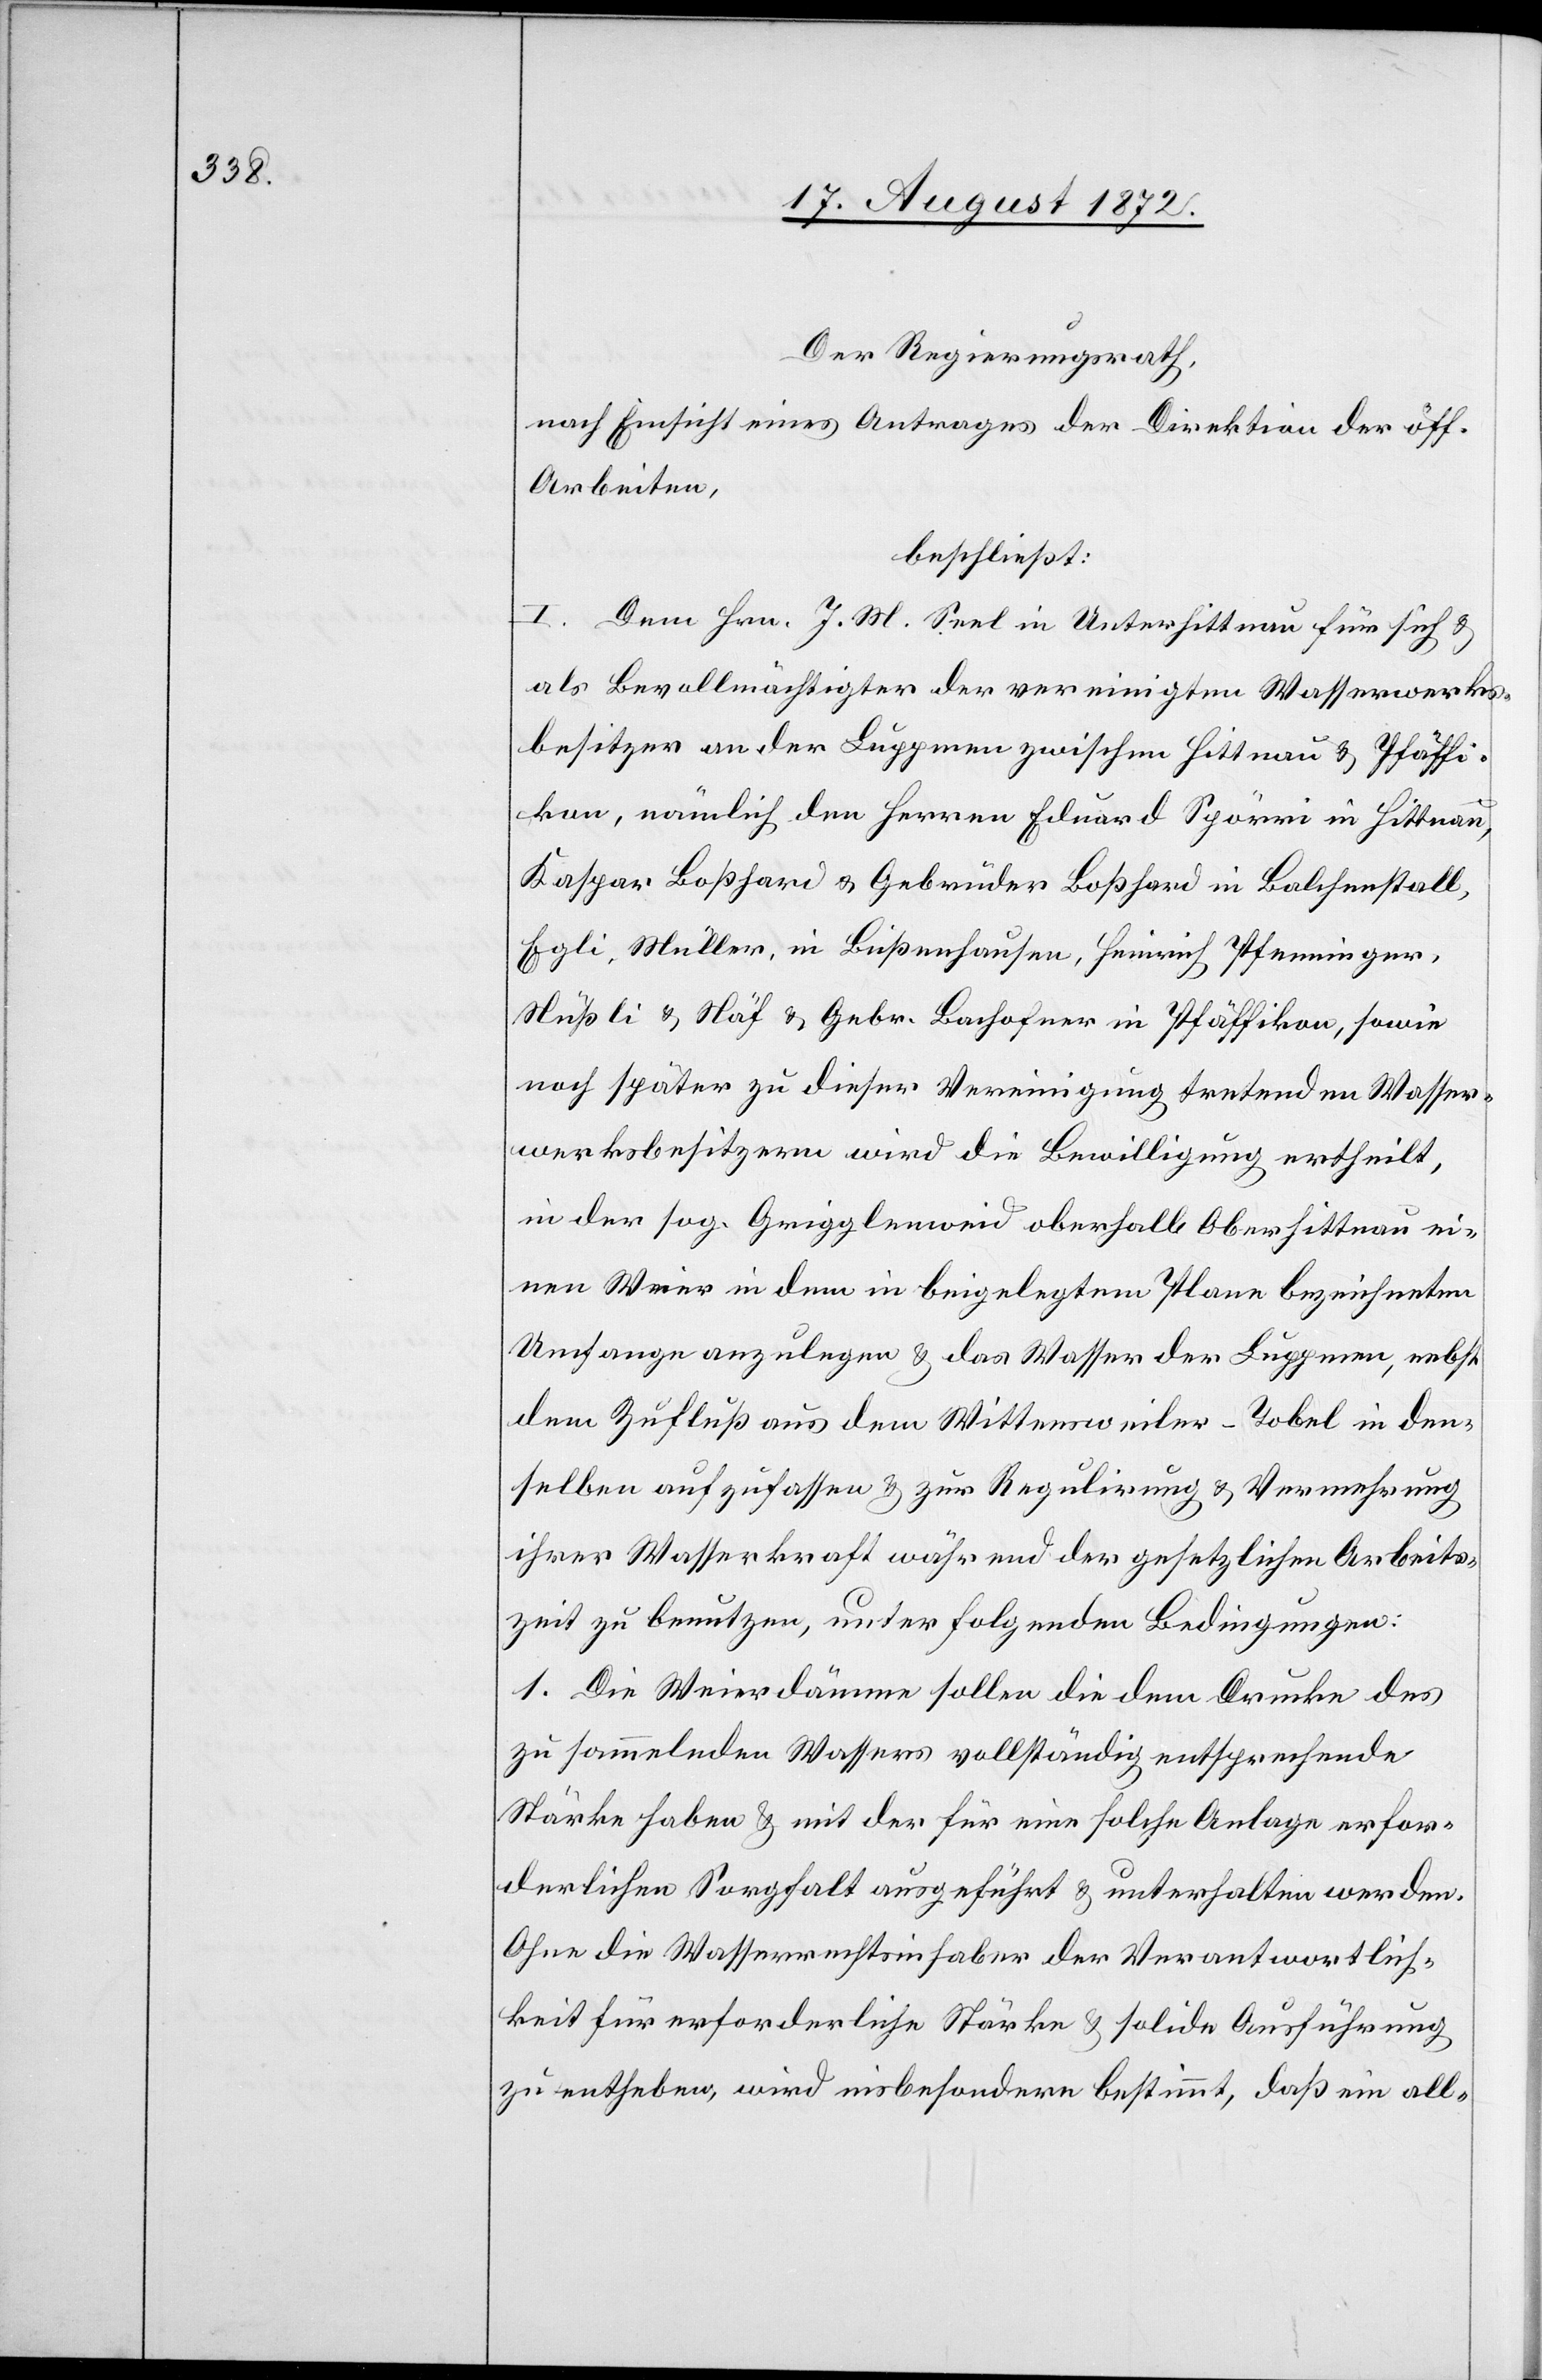
Der Regierungsrath,
nach Einsicht eines Antrages der Direktion der öff.
Arbeiten,
beschließt:
I. Dem Hrn. J. M. Seel in Unterhittnau für sich u.
als Bevollmächtigter der vereinigten Wasserwerks¬
besitzer an der Luppmen zwischen Hittnau u. Pfäffi¬
kon, nämlich dem Herren Eduard Spörri in Hittnau,
Kaspar Boßhard u. Gebrüder Boßhard in Balchenstall,
Egli, Müller, in Bußenhausen, Heinrich Pfenninger,
Nüßli u. Näf u. Gebr. Bachofner in Pfäffikon, sowie
noch später zu dieser Vereinigung tretenden Wasser¬
werksbesitzern wird die Bewilligung ertheilt,
in der sog. Grigglenweid oberhalb Oberhittnau ei¬
nen Weier in dem in beigelegtem Plane bezeichneten
Umfange anzulegen u. das Wasser der Luppmen, nebst
dem Zufluß aus dem Wittensweiler-Tobel in den¬
selben aufzufassen u. zur Regulirung u. Vermehrung
ihrer Wasserkraft während der gesetzlichen Arbeits¬
zeit zu benutzen, unter folgenden Bedingungen:
1. Die Weierdämme sollen die dem Drucke des
zu sammelnden Wassers vollständig entsprechende
Stärke haben u. mit der für eine solche Anlage erfor¬
derlichen Sorgfalt ausgeführt u. unterhalten werden.
Ohne die Wasserrechtsinhaber der Verantwortlich¬
keit für erforderliche Stärke u. solide Ausführung
zu entheben, wird insbesondere bestimmt, daß ein all-